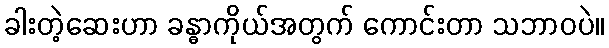
ခါးတဲ့ဆေးဟာ ခန္ဓာကိုယ်အတွက် ကောင်းတာ သဘာဝပဲ။